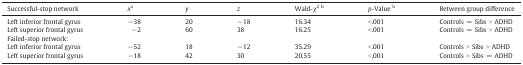
| Successful-stop network | xa | y | z | Wald-χ2 b | p-Value b | Between group difference |
 | --- | --- | --- | --- | --- | --- | --- |
 | Left inferior frontal gyrus | −38 | 20 | −18 | 16.34 | <.001 | Controls = Sibs > ADHD |
 | Left superior frontal gyrus | −2 | 60 | 38 | 16.25 | <.001 | Controls = Sibs > ADHD |
 | Failed-stop network: |  |  |  |  |  |  |
 | Left inferior frontal gyrus | −52 | 18 | −12 | 35.29 | <.001 | Controls > Sibs > ADHD |
 | Left superior frontal gyrus | −18 | 42 | 30 | 20.55 | <.001 | Controls > Sibs = ADHD |